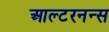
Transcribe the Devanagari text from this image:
आल्टरनन्स